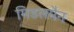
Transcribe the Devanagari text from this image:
मिडलमैन